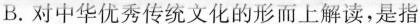
B.对中华优秀传统文化的形而上解读，是指